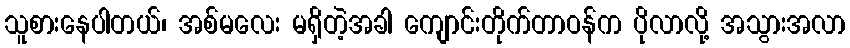
သူစားနေပါတယ်၊ အစ်မလေး မရှိတဲ့အခါ ကျောင်းတိုက်တာဝန်က ပိုလာလို့ အသွားအလာ